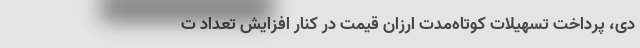
دی، پرداخت تسهیلات کوتاه‌مدت ارزان‌‌‌ قیمت در کنار افزایش تعداد ت